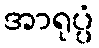
အာရုပ္ပံ